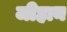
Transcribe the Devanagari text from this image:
जीहान